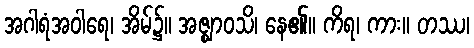
အဂါရံအဝါရေ၊ အိမ်၌။ အဇ္ဈာဝသိ၊ နေ၏။ ကိရ၊ ကား။ တဿ၊